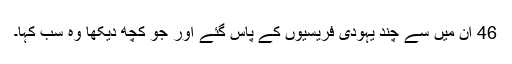
46 ان میں سے چند یہودی فریسیوں کے پاس گئے اور جو کچھ دیکھا وہ سب کہا۔